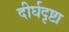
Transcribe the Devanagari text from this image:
दीर्घदृष्टा